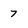
Character: 7